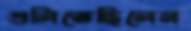
গুলিতেছিলেন